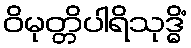
ဝိမုတ္တိပါရိသုဒ္ဓိံ